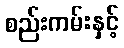
စည်းကမ်းနှင့်